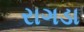
રાગડા